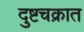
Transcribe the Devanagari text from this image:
दुष्टचक्रात